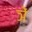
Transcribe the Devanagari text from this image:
ञें